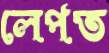
লেপত